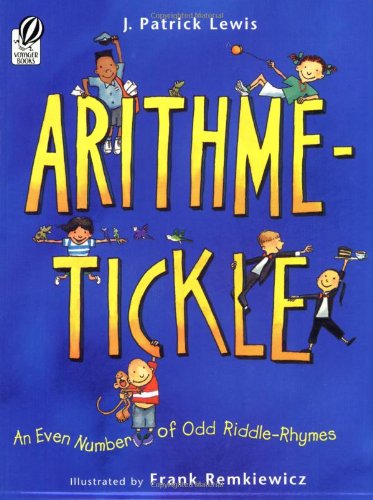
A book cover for Arithme-Tickle: An Even Number of Odd Riddle-Rhymes; J. Patrick Lewis; Children's Books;